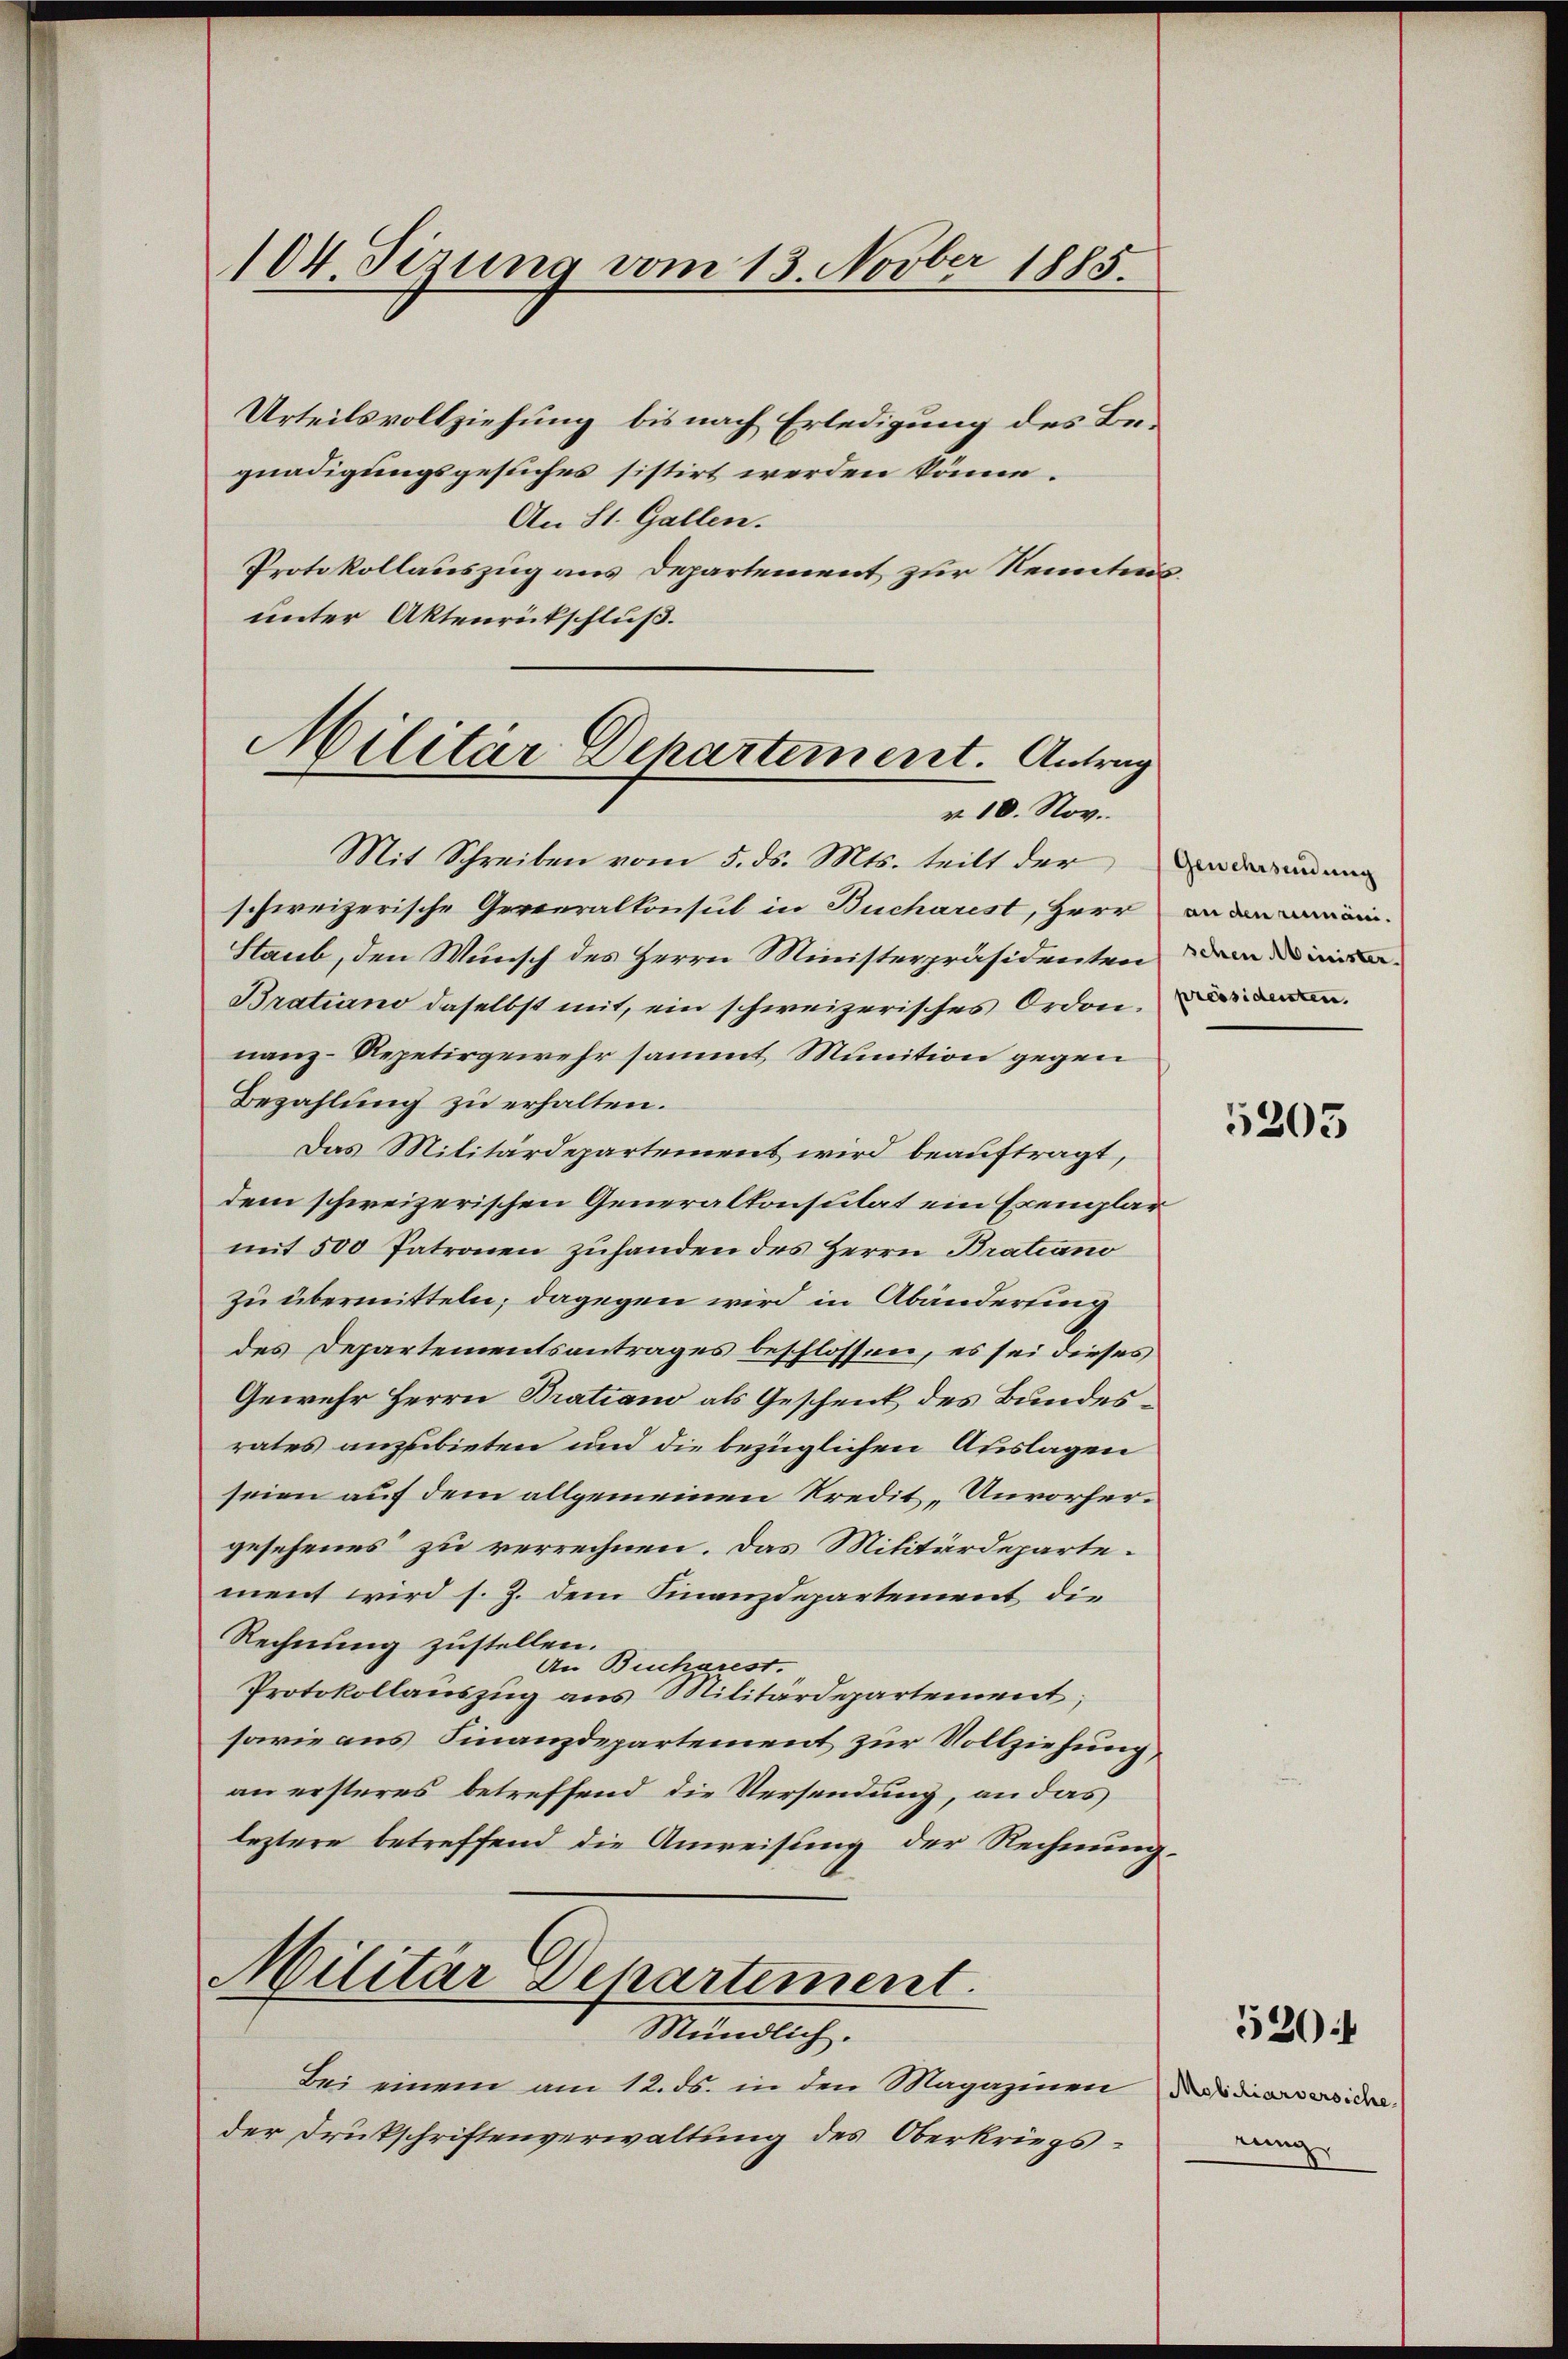
104. Sizung vom 13. Novber 1885.

Urteilsvollziehung bis nach Erledigung des Begnadigungsgesuches sistirt werden könne.
An St. Gallen.
Protokollauszug aus Departement zur Kenntnis.
unter Aktenrückschluß.
Militär Departement. Antrag

v 10. Nov.

Mit Schreiben vom 5. ds. Mts. teilt der Endinan
schweizerische Generalkonsul in Bucharest, Herr an den mein-
Staub, den Wunsch des Herrn Ministerpräsidenten den die¬
Bratiano daselbst mit, ein schweizerisches Orden. Di
nanz-Repetirgewehr sammt Munition gegen
Bezahlung zu erhalten.
Das Militärdepartemens wird beauftragt,
dem schweizerischen Generalkonsulat ein Exemplar
mit 500 Patronen zuhanden des Herrn Bratiano
zu übermitteln; dagegen wird in Abänderung
des Departementsantrages beschlossen, es sei dieses
Gewehr Herrn Bratiano als Geschenk des Bundesrates anzubieten und die bezüglichen Auslagen
seien auf dem allgemeinen Kredit „Unvorhergesehenes zu verrechnen. Das Militärdeparte.
ment wird s. Z. dem Finanzdepartement die
Rechnung zustellen.
An Bucharest.
Protokollauszug aus Militärdepartement;
sowie aus Finanzdepartement zur Vollziehung,
an ersteres betreffend die Versendung, an das
leztere betreffend die Anweisung der Rechnung
Militär-Departement.
Mündlich.
Bei einem am 12. ds. in den Magazinen Residiarversiche
der Druckschriftenverwaltung des Oberkriegs¬

5205

520.

rung